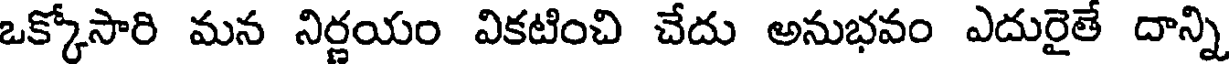
ఒక్కోసారి మన నిర్ణయం వికటించి చేదు అనుభవం ఎదురైతే దాన్ని